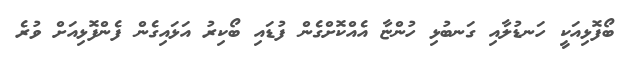
ބޯފޮޅިއަކީ ހަނޑުލާއި ގަނބުޅި ހުންޏާ އެއްކޮށްގެން ފުޑައި ބޯކިރު އަޅައިގެން ފެންފޮޅިއަށް ވުރެ